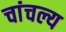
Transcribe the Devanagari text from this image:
चांचल्य